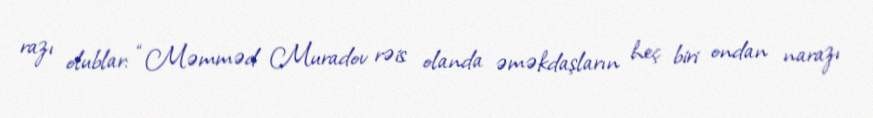
razı olublar: “Məmməd Muradov rəis olanda əməkdaşların heç biri ondan narazı